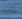
لقد